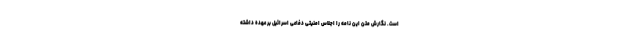
است. نگارش متن این نامه را اجلاس امنیتی دفاعی اسرائیل بر عهده داشته